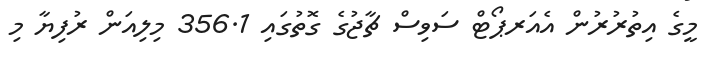
މީގެ އިތުރުރުން އެއަރޕޯޓް ސަވިސް ޗާޖުގެ ގޮތުގައި 356.1 މިލިއަން ރުފިޔާ މި